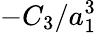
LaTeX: -C_{3}/a_{1}^{3}